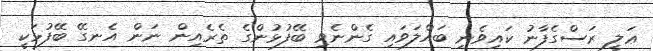
ޢަލީ ރަސްގެފާނު ކައިވެނި ބައްލަވައި ގެންނެވި ބޭފުޅުންގެ ތެރެއިން ނަން އެނގޭ ބޭފުޅަކީ